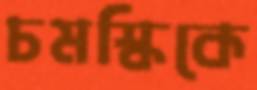
চমস্কিকে